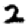
Digit: 2